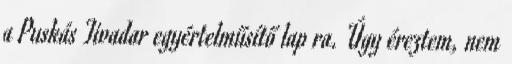
a Puskás Tivadar egyértelműsítő lap ra. Úgy éreztem, nem